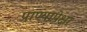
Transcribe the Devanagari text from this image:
प्राण्यापेक्षा